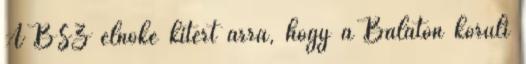
A BSZ elnöke kitért arra, hogy a Balaton körüli